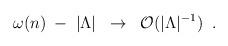
LaTeX: \begin{align*}\omega (n) \; - \; |\Lambda | \;\; \to \;\; {\cal O} (|\Lambda |^{-1}) \;\;.\end{align*}